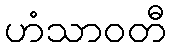
ဟံသာဝတီ